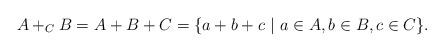
LaTeX: \begin{align*} A +_C B = A + B + C = \{ a + b + c\ |\ a \in A, b \in B, c \in C \}.\end{align*}